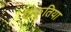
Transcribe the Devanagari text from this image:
याकूतिया